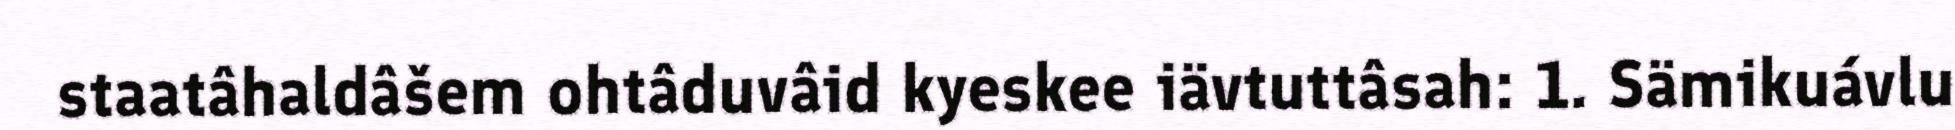
staatâhaldâšem ohtâduvâid kyeskee iävtuttâsah: 1. Sämikuávlu